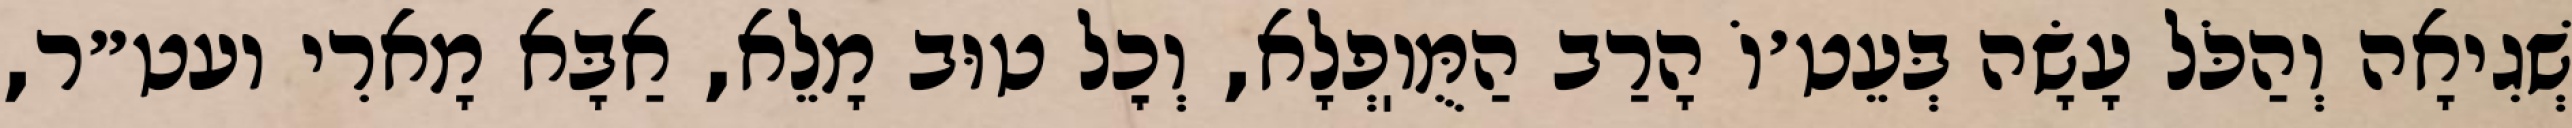
שְׁגִיאָה וְהַכֹּל עָשָׂה בְּעֵט׳וֹ הָרַב הַמֻּוֽפְלָא, וְכׇל טוּב מָלֵא, אַבָּא מָארִי ועט״ר,